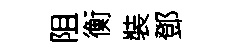
阻衡裝鄧